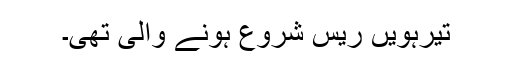
تیرہویں ریس شروع ہونے والی تھی۔